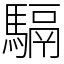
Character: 䮥